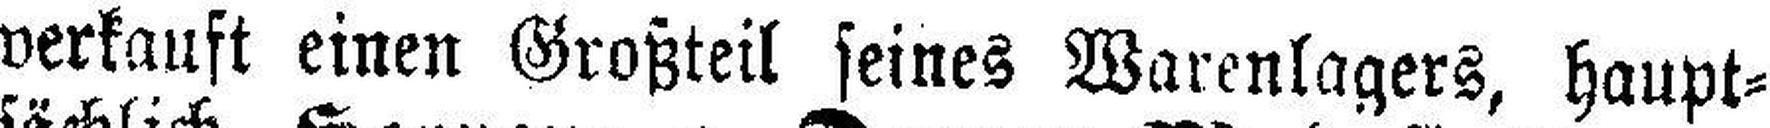
verkauft einen Großteil seines Warenlagers, haupt¬